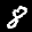
Label: 8